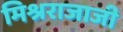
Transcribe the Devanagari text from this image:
मिश्रराजाजी